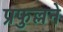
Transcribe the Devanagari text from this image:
प्रफुल्लने